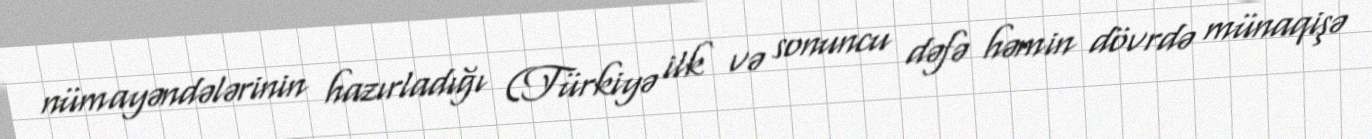
nümayəndələrinin hazırladığı (Türkiyə ilk və sonuncu dəfə həmin dövrdə münaqişə